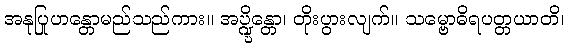
အနုပြုဟန္တောမည်သည်ကား။ အဎ္ဍ္ဎိန္တော၊ တိုးပွားလျက်။ သမ္ဗောဓိရပတ္တယာတိ၊